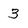
Character: 3